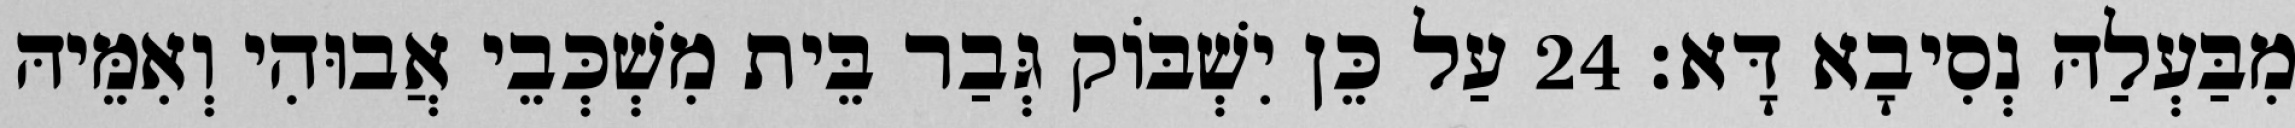
מִבַּעְלַהּ נְסִיבָא דָּא׃ 24 עַל כֵּן יִשְׁבּוֹק גְּבַר בֵּית מִשְׁכְּבֵי אֲבוּהִי וְאִמֵּיהּ